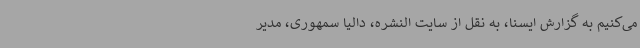
می‌کنیم به گزارش ایسنا، به نقل از سایت النشره، دالیا سمهوری، مدیر